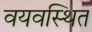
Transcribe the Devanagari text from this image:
वयवस्थित